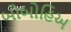
બોબોહિઅ